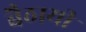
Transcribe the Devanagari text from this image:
बैठायी